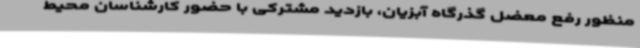
منظور رفع معضل گذرگاه آبزیان، بازدید مشترکی با حضور کارشناسان محیط